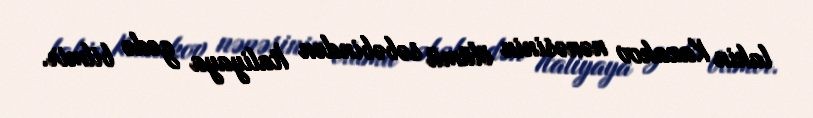
lakin Kazakov nənəsinin ölümü səbəbindən İtaliyaya gedə bilmir.